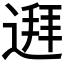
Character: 𲅩